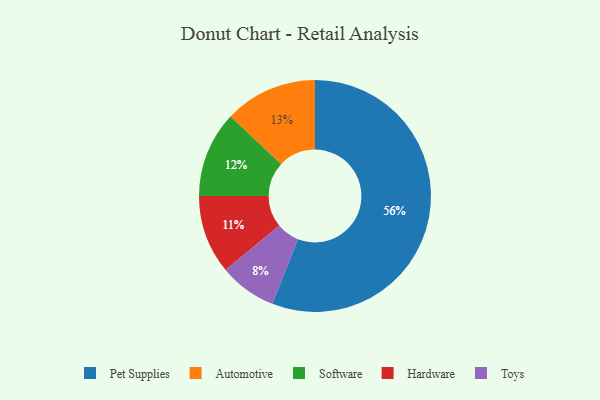
{"axis": {"x": "Category", "y": "Percentage"}, "legend": ["Automotive", "Hardware", "Pet Supplies", "Software", "Toys"], "data": [{"x": "Toys", "y": 8, "type": "Toys"}, {"x": "Hardware", "y": 11, "type": "Hardware"}, {"x": "Software", "y": 12, "type": "Software"}, {"x": "Pet Supplies", "y": 56, "type": "Pet Supplies"}, {"x": "Automotive", "y": 13, "type": "Automotive"}]}